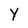
Character: Y